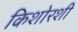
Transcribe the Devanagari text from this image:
किशोरशी